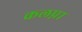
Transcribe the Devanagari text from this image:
कलप्ना